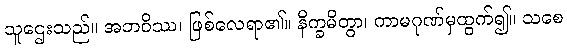
သူဌေးသည်။ အဘဝိဿ၊ ဖြစ်လေရာ၏။ နိက္ခမိတွာ၊ ကာမဂုဏ်မှထွက်၍။ သစေ